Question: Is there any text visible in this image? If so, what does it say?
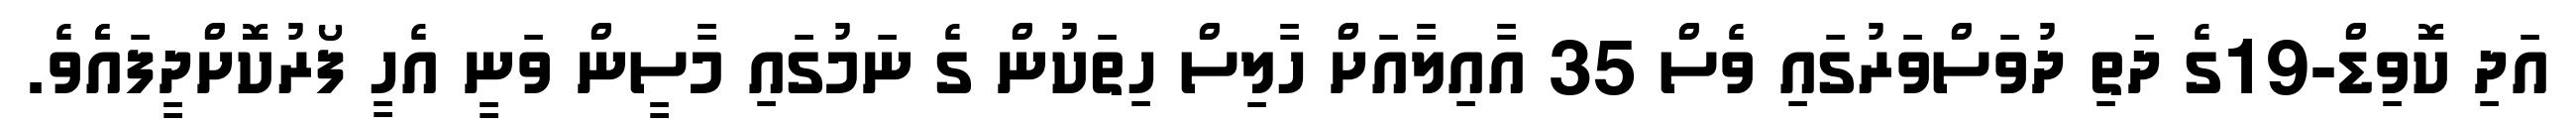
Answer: އަދި ކޮވިޑް-19ގެ ދަތި ދުވަސްވަރުގައި ވެސް 35 އާއިލާއަށް ހާލިސް ހިތަކުން ގެ ނަމުގައި މާސީން ވަނީ އެހީ ފޯރުކޮށްދީފައެެވެ.